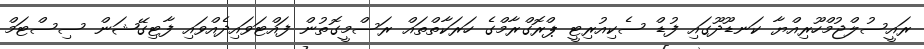
ރައީސުލްޖުމްހޫރިއްޔާ ކަނޑޫދޫގައި ފުޑް ސެކިއުރިޓީ ޕްރޮގްރާމްގެ ހަރަކާތްތައް ރަސްމީގޮތުން ފައްޓަވައިދެއްވައި ފާޓިގޭޝަން ސިސްޓަމް